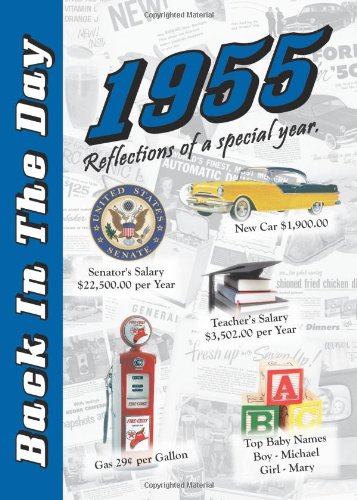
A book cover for Back in the Day Almanac 1955; 3 Oak Publishing; Humor & Entertainment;